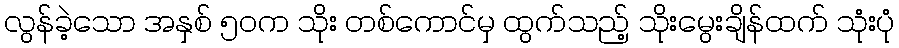
လွန်ခဲ့သော အနှစ် ၅၀က သိုး တစ်ကောင်မှ ထွက်သည့် သိုးမွေးချိန်ထက် သုံးပုံ